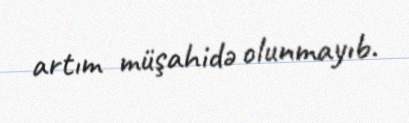
artım müşahidə olunmayıb.